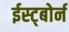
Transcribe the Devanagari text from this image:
ईस्ट्बोर्न